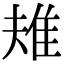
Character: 𨾚